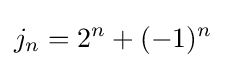
j_{n}=2^{n}+(-1)^{n}